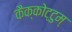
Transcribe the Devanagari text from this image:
कैक्कोट्टुम्